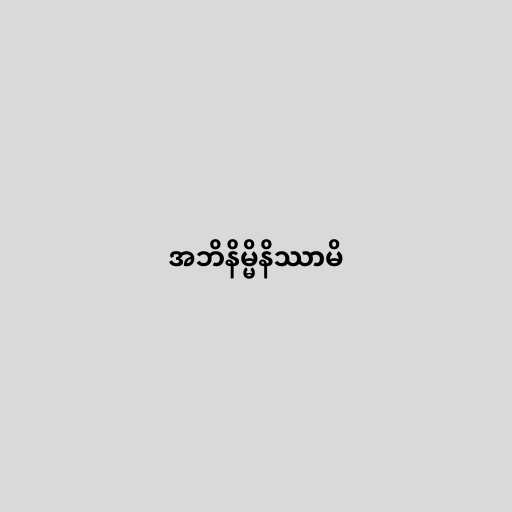
အဘိနိမ္မိနိဿာမိ